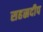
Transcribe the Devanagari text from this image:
सहस्रदीप